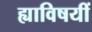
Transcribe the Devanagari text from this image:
ह्याविषयीं